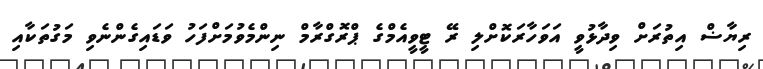
ރިޔާޟް އިތުރަށް ވިދާޅުވީ އަވަހާރަކޮށްލި ރޭ ޓީވީއެމްގެ ޕްރޮގްރާމް ނިންމެވުމަށްފަހު ވަޑައިގެންނެވި މަގުތަކާއި